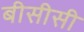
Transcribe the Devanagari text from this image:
बीसीसी